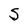
Character: S